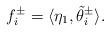
LaTeX: \begin{align*} f_{i}^{\pm}=\langle \eta_1, \tilde \theta_i^{\pm} \rangle.\end{align*}